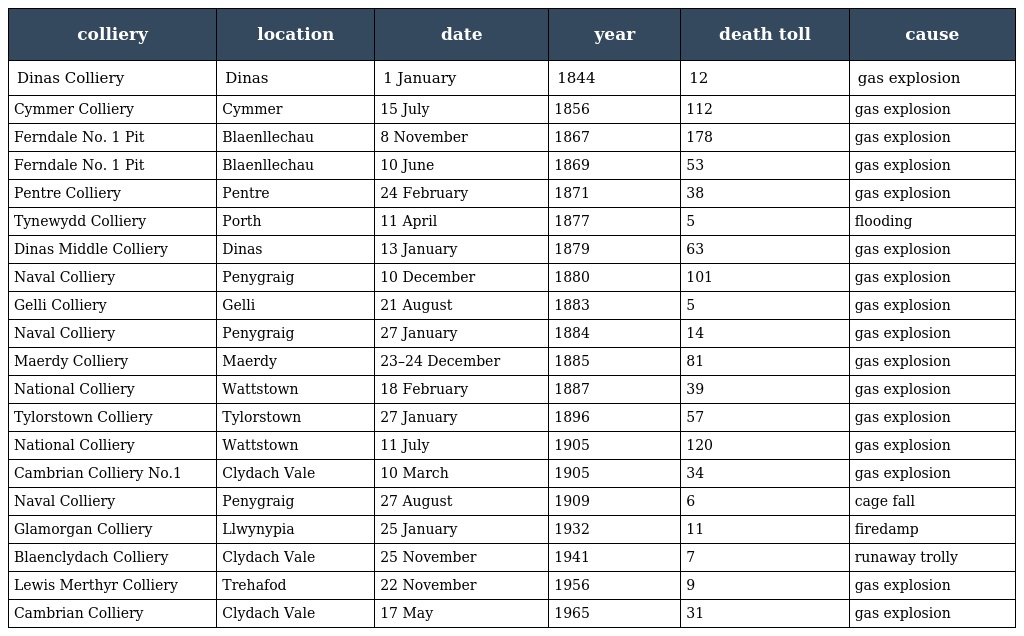
| colliery | location | date | year | death toll | cause |
 | --- | --- | --- | --- | --- | --- |
 | Dinas Colliery | Dinas | 1 January | 1844 | 12 | gas explosion |
 | Cymmer Colliery | Cymmer | 15 July | 1856 | 112 | gas explosion |
 | Ferndale No. 1 Pit | Blaenllechau | 8 November | 1867 | 178 | gas explosion |
 | Ferndale No. 1 Pit | Blaenllechau | 10 June | 1869 | 53 | gas explosion |
 | Pentre Colliery | Pentre | 24 February | 1871 | 38 | gas explosion |
 | Tynewydd Colliery | Porth | 11 April | 1877 | 5 | flooding |
 | Dinas Middle Colliery | Dinas | 13 January | 1879 | 63 | gas explosion |
 | Naval Colliery | Penygraig | 10 December | 1880 | 101 | gas explosion |
 | Gelli Colliery | Gelli | 21 August | 1883 | 5 | gas explosion |
 | Naval Colliery | Penygraig | 27 January | 1884 | 14 | gas explosion |
 | Maerdy Colliery | Maerdy | 23–24 December | 1885 | 81 | gas explosion |
 | National Colliery | Wattstown | 18 February | 1887 | 39 | gas explosion |
 | Tylorstown Colliery | Tylorstown | 27 January | 1896 | 57 | gas explosion |
 | National Colliery | Wattstown | 11 July | 1905 | 120 | gas explosion |
 | Cambrian Colliery No.1 | Clydach Vale | 10 March | 1905 | 34 | gas explosion |
 | Naval Colliery | Penygraig | 27 August | 1909 | 6 | cage fall |
 | Glamorgan Colliery | Llwynypia | 25 January | 1932 | 11 | firedamp |
 | Blaenclydach Colliery | Clydach Vale | 25 November | 1941 | 7 | runaway trolly |
 | Lewis Merthyr Colliery | Trehafod | 22 November | 1956 | 9 | gas explosion |
 | Cambrian Colliery | Clydach Vale | 17 May | 1965 | 31 | gas explosion |